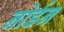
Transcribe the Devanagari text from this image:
नोर्डन